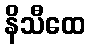
နိသီထေ